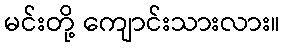
မင်းတို့ ကျောင်းသားလား။